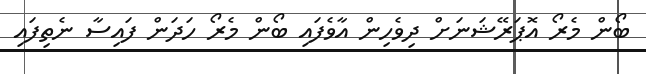
ބޯން މެރޯ އޮޕަރޭޝަނަށް ދިވެހިން އާވެފައި ބޯން މެރޯ ހަދަން ފައިސާ ނެތިފައި